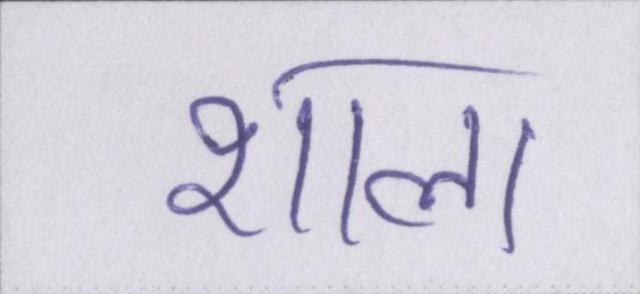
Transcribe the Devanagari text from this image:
शाला